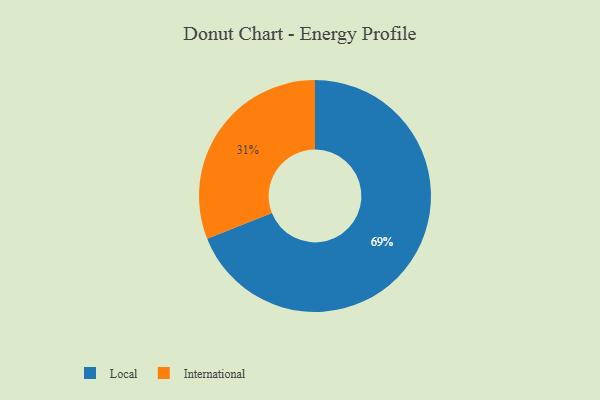
{"axis": {"x": "Category", "y": "Percentage"}, "legend": ["International", "Local"], "data": [{"x": "Local", "y": 69, "type": "Local"}, {"x": "International", "y": 31, "type": "International"}]}